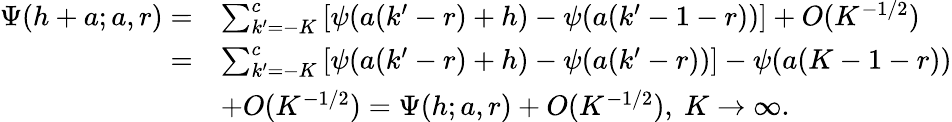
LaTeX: \begin{array}{rl}{\Psi(h+a;a,r)=}&{\sum_{k’=-K}^{c}\left[\psi(a(k’-r)+h)-\psi(a(k’-1-r))\right]+O(K^{-1/2})}\\ {=}&{\sum_{k’=-K}^{c}\left[\psi(a(k’-r)+h)-\psi(a(k’-r))\right]-\psi(a(K-1-r))}\\ &{+O(K^{-1/2})=\Psi(h;a,r)+O(K^{-1/2}),\ K\to\infty.}\end{array}